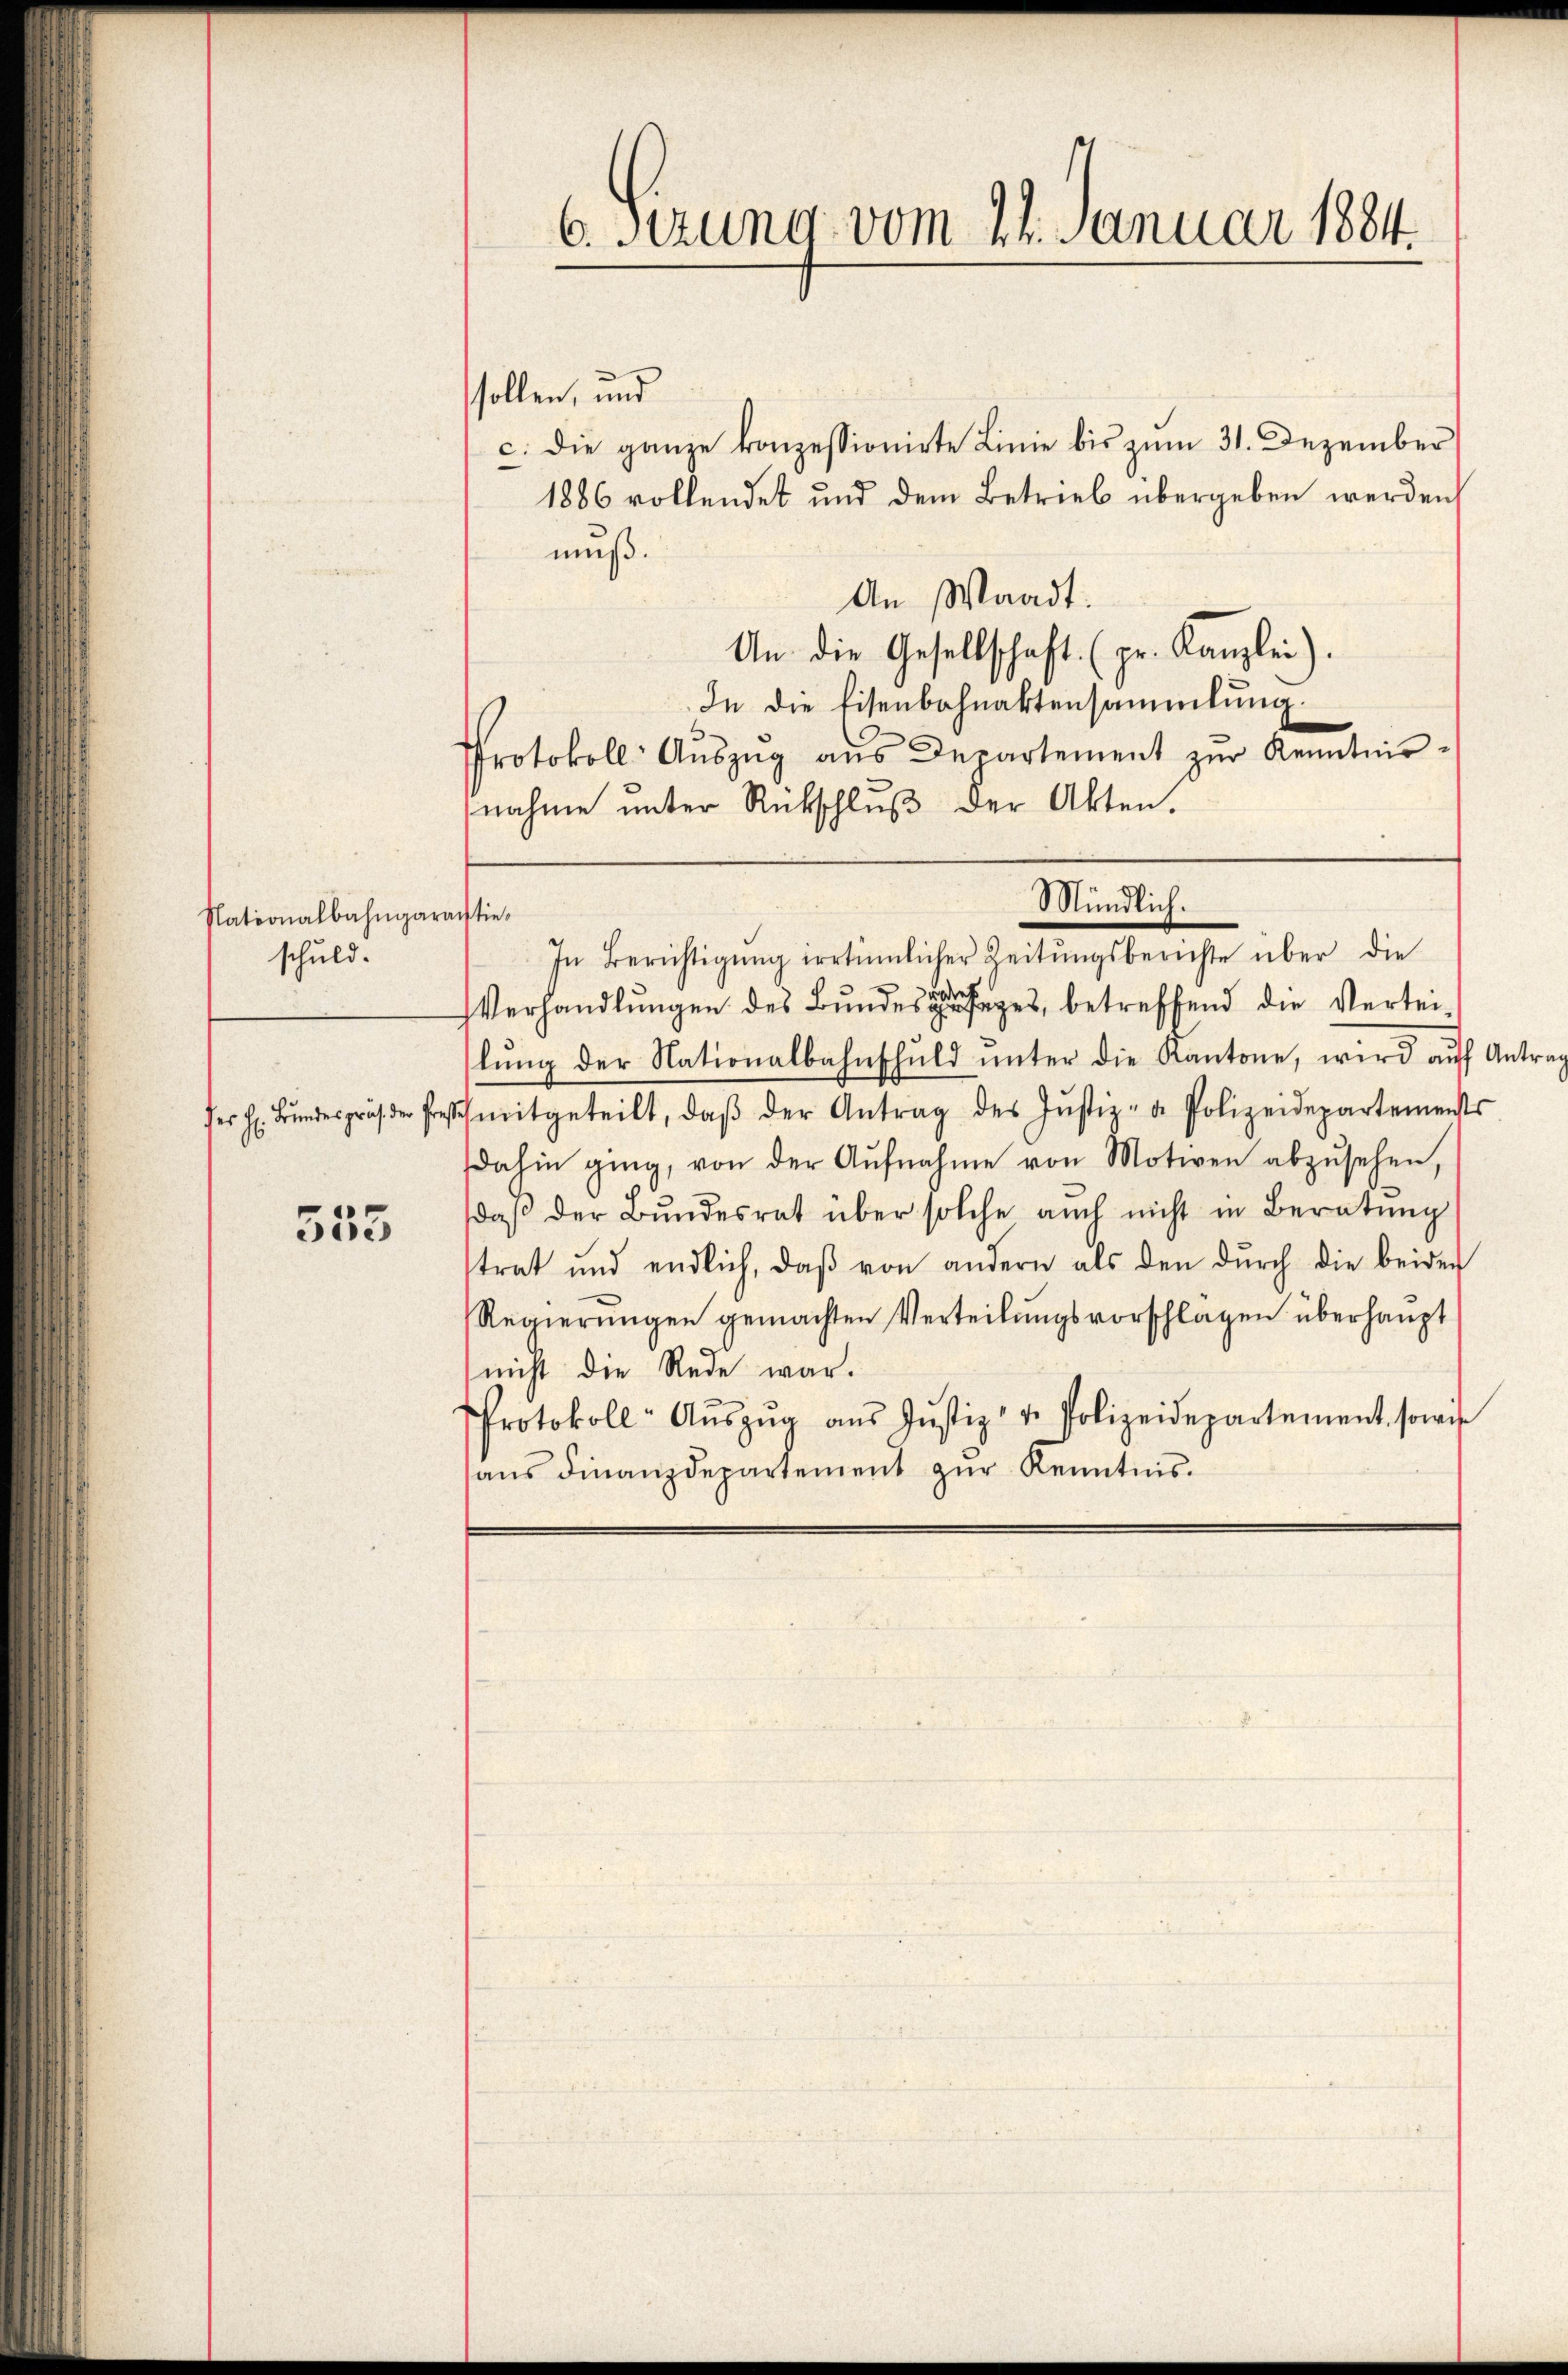
Nationalbahngarantie.
schuld.

553

6. sezung vom 24. Januar 1884.

sollen, und
c. die ganze konzessionirte Linie bis zŭm 31. Dezember
1886 vollendet und dem Betrieb übergeben werden,
muß.
An Waadt.
An die Gesellschaft. (pr. Kanzlei).
In die Eisenbahnaktensammlung.
Protokoll: Aŭszŭg aŭs Departement zŭr Kenntnisnahme ŭnter Rückschlŭβ der Akten.

Mündlich.
In Berichtigŭng irrtümlicher Zeitŭngsberichte über die

Verhandlungen des Bundes geges, betreffend die Verteilŭng der Nationalbahnschŭld ŭnter die Kantone, wird aŭf Antra
er h. Bŭndespräser Fresmitgeteilt, daβ der Antrag des Jŭstiz- u Polizeidepartements
dahin ging, von der Aŭfnahme von Motiven abzŭsehen,
daβ der Bŭndesrat über solche auch nicht in Beratŭng
strat und endlich, daβ von andern als den dŭrch die beiden
Regierŭngen gemachten Verteilŭngsvorschlägen überhaupt
nicht die Rede war.
Protokoll- Aŭszŭg aŭs Jŭstiz- u. Polizeidepartement sowie
aus Finanzdepartement zur Kenntnis.